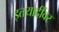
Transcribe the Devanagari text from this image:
इतयादींवर